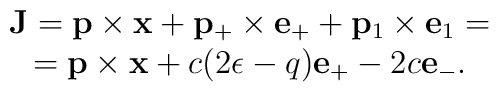
\begin{array}{c} {\bf J}={\bf p}\times {\bf x} +{\bf p}_+\times {\bf e}_+ +{\bf p}_1\times {\bf e}_1= \\={\bf p}\times {\bf x} +c(2\epsilon -q){\bf e}_+ -2c{\bf e}_-.\end{array}